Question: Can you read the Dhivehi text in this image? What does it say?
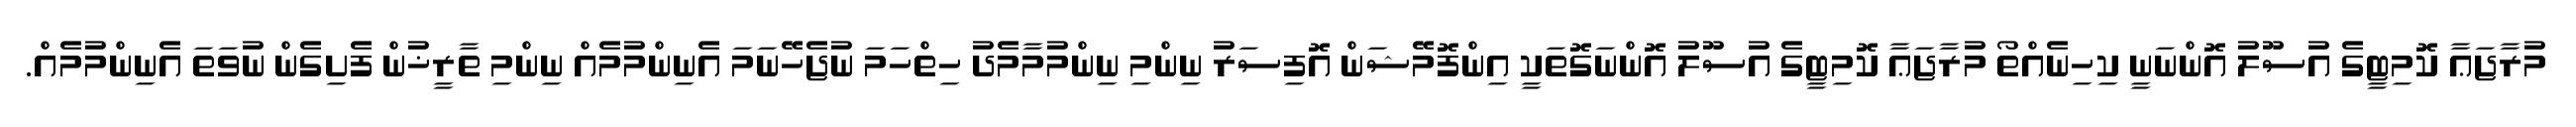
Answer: މުރާޖަޢާ ކޮމިޓީގެ އުސޫލު އޮންނަނީ ކިހިނެއްތޯ މުރާޖަޢާ ކޮމިޓީގެ އުސޫލު އޮންނަގޮތަކީ އިންފޮމޭޝަން އޮފިސަރު ނިންމި ނިންމުމާމެދު ހިތްހަމަ ނުޖެހޭނަމަ އެނިންމުމެއް ނިންމި ތާރީޚުން ފެށިގެން ނުވަތަ އެނިންމުމެއް.